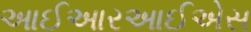
આઈઆરઆઈએસ